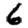
Digit: 6